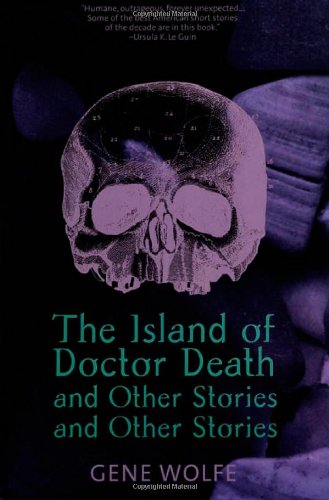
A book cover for The Island of Doctor Death and Other Stories and Other Stories; Gene Wolfe; Science Fiction & Fantasy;